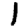
Digit: 1